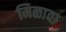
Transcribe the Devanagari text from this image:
मिळावा